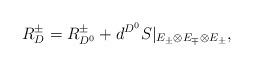
LaTeX: \begin{align*} R_{D}^\pm = R_{D^0}^\pm + d^{D^0}S|_{E_\pm \otimes E_{\mp}\otimes E_\pm},\end{align*}